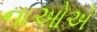
નાઓએ